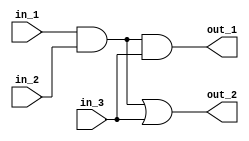
module intermed_wire
				(
					// Inputs
					in_1,
					in_2,
					in_3,
					// Outputs
					out_1,
					out_2,
				);
	// Port definitions
	input	in_1;
	input	in_2;
	input	in_3;
	
	output	out_1;
	output	out_2;
	
	wire		intermediate_sig;
	
	// ------------- Desing implementation --------
	
	assign intermediate_sig = in_1 & in_2;
	
	assign out_1 = intermediate_sig & in_3;
	assign out_2 = intermediate_sig | in_3;
	
endmodule